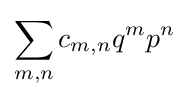
\sum _{m,n}c_{m,n}q^{m}p^{n}